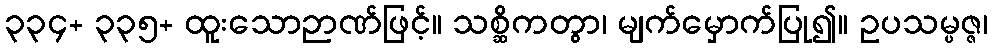
၃၃၄+ ၃၃၅+ ထူးသောဉာဏ်ဖြင့်။ သစ္ဆိကတွာ၊ မျက်မှောက်ပြု၍။ ဥပသမ္ပဇ္ဇ၊